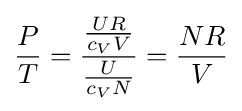
{\frac {P}{T}}={\frac {\frac {UR}{c_{V}V}}{\frac {U}{c_{V}N}}}={\frac {NR}{V}}